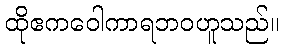
ထိုဧကဝေါကာရဘဝဟူသည်။